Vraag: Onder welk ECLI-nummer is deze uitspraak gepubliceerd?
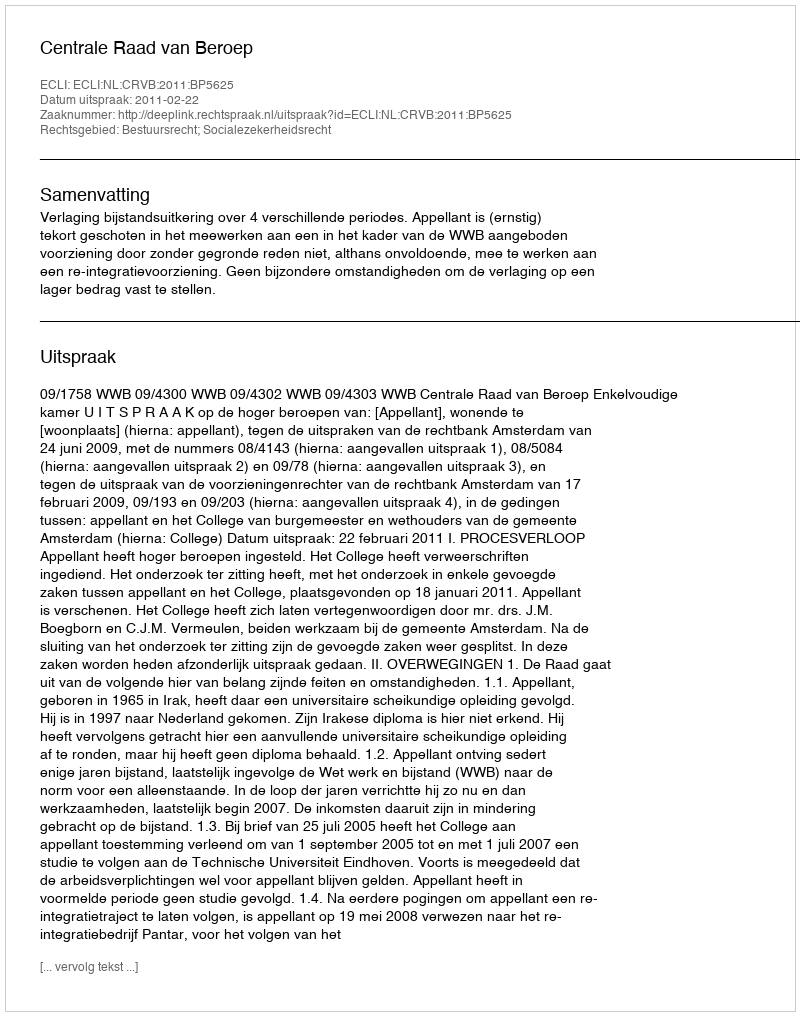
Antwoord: ECLI:NL:CRVB:2011:BP5625